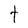
Character: t